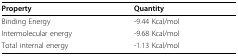
<table><thead><tr><td><b>Property</b></td><td><b>Quantity</b></td></tr></thead><tbody><tr><td>Binding Energy</td><td>-9.44 Kcal/mol</td></tr><tr><td>Intermolecular energy</td><td>-9.68 Kcal/mol</td></tr><tr><td>Total internal energy</td><td>-1.13 Kcal/mol</td></tr></tbody></table>